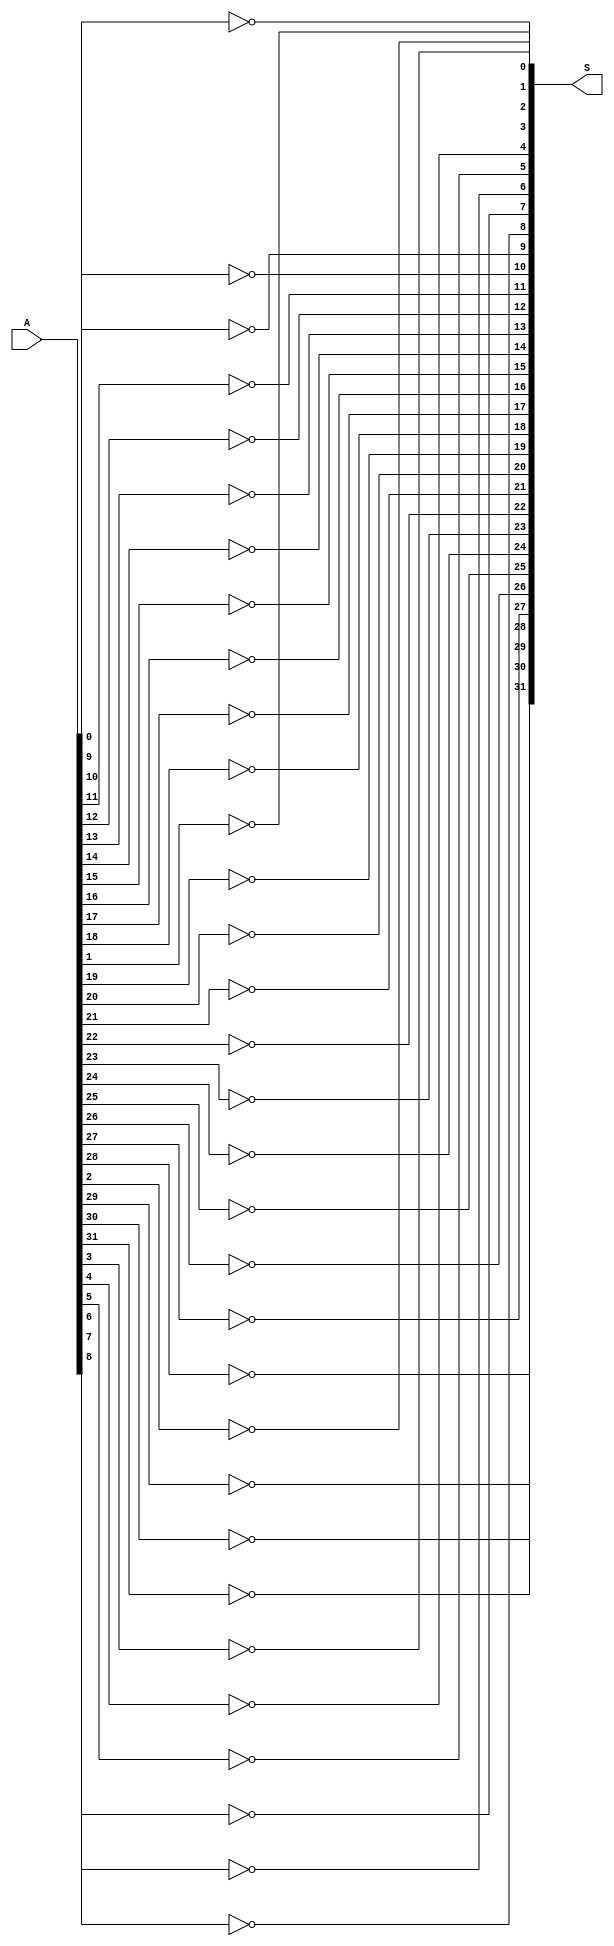
`timescale 1ns/1ps
//delay for OR/AND gate-1ns NOT delay is 0
//////////////////////////////////////////////////////////////////////////////////
// Company: Indian Institute of Technology
//            Navneet Kumar
// 
// Design Name: 
// Module Name: bitWiseNOT
// Project Name: 
// Target Devices: 
// Tool Versions: 
// Description: 
// 
// Dependencies: 
// 
// Revision:
// Revision 0.01 - File Created
// Additional Comments:
// 
//////////////////////////////////////////////////////////////////////////////////
module bitwiseNOT(
    output [31:0] S,
    input [31:0] A
);
genvar i;
generate
for(i = 0;i < 32; i = i + 1) begin
    not Q1(S[i],A[i]);
end
endgenerate
endmodule